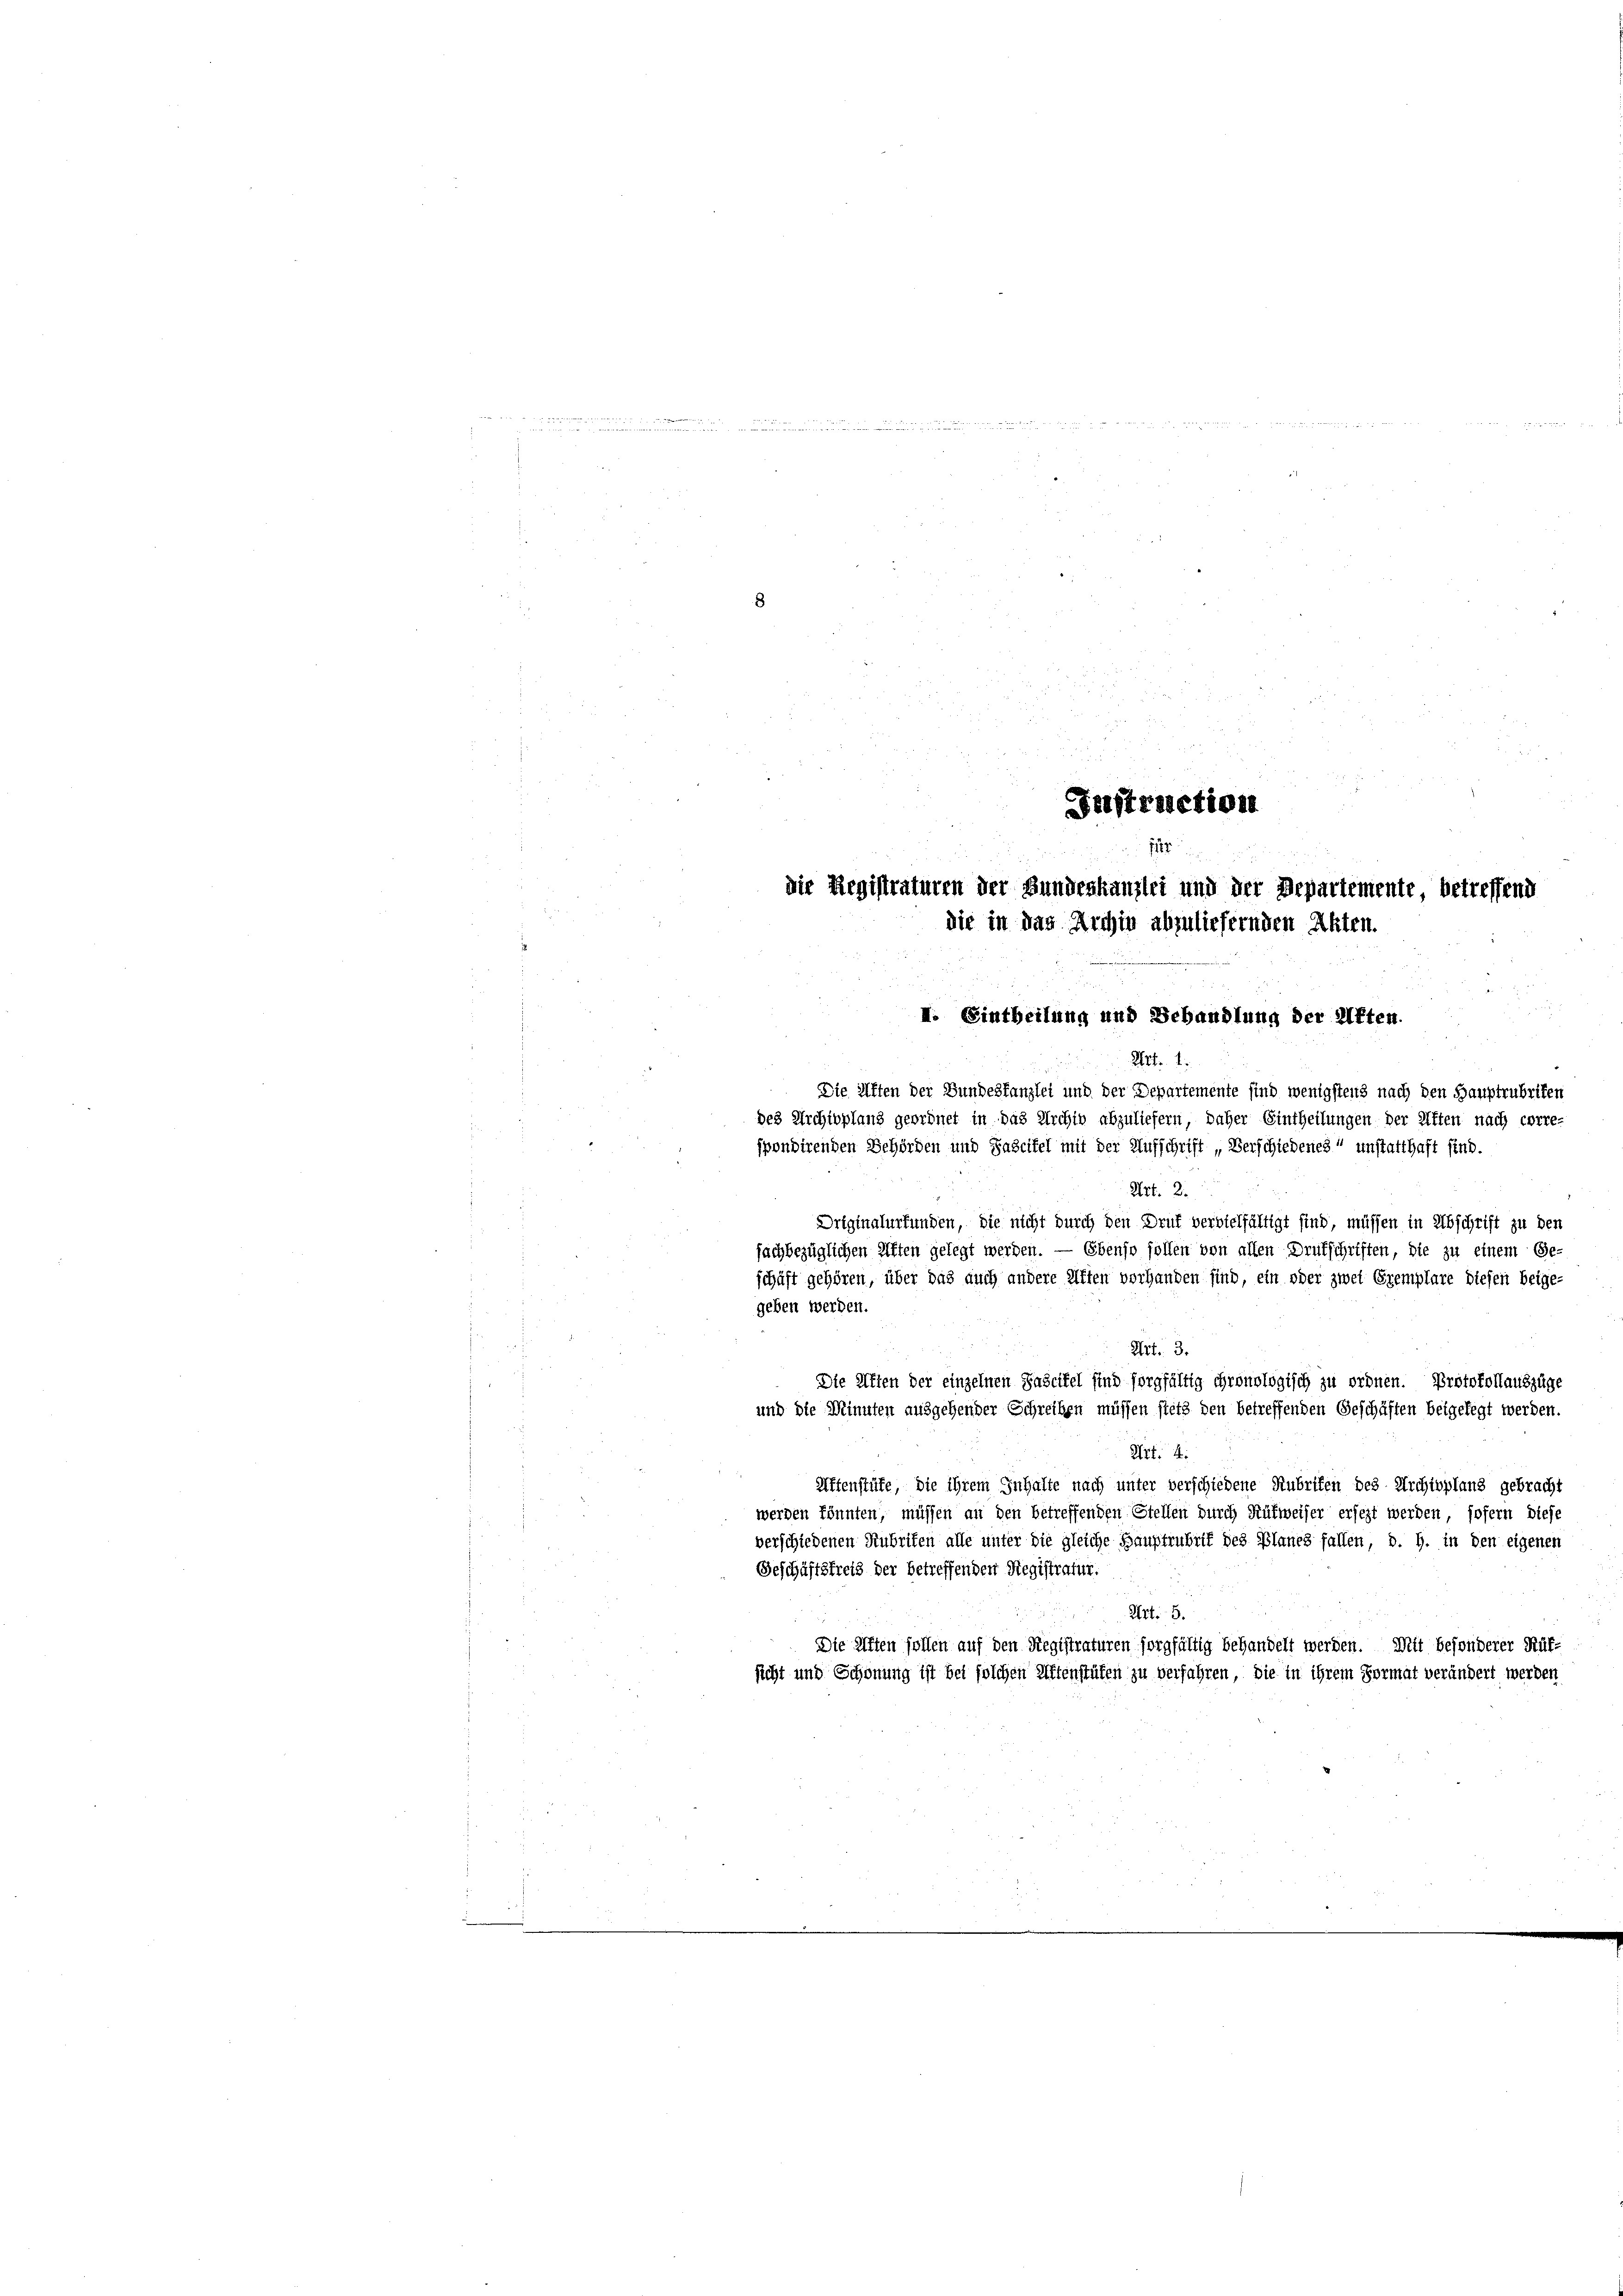
Instruction
112
die Registraturen der Bundeskanzlei und der Departemente, betreffend
die in das Archiv abzuliefernden Akten.

u

II. Eintheilung und Behandlung der Akten.
Art. 1.
Die Alten der Bundeskanzlei und der Departemente sind wenigstens nach den Hauptrubriken
des Archioplans geordnet in das Archiv abzuliefern, daher Eintheilungen der Aften nach corre-
spondirenden Behörden und Daseifel mit der Aufschrift „Verschiedenes“ unstatthaft sind.
Art. 2.
Driginalurfunden, die nicht durch den Druf vervielfältigt sind, müssen in Abschrift zu den
fachbezüglichen Aften gelegt werden. — Ebenso sollen von allen Deutschriften, die zu einem Ge-
schäft gehören, über das auch andere Affen vorhanden sind, ein oder zwei Exemplare diesen beige-
geben werden.
Art. 3.
Die Alten der einzelnen Fascitel sind sorgfältig chronologisch zu ordnen. Protokollauszüge
und die Minuten ausgehender Schreiben müssen stets den betreffenden Geschäften beigelegt werden.
Art. 4.
Aftenstüfe, die ihrem Inhalte nach unter verschiedene Rubrifen des Archippland gebracht
werden könnten, müssen an den betreffenden Stellen durch Rütweiser ersezt werden, sofern diese
verschiedenen Rubrifen alle unter die gleiche Hauptrubrik des Planes fallen, d. h. in den eigenen
Geschäftsfreis der betreffenden Registratur.
Art. 5.
Die Affen sollen auf den Registraturen sorgfältig behandelt werden. Mit besonderer Hülfsicht und Schönung ist bei solchen Kiftenstüfen zu verfahren, die in ihrem Format verändert werden